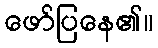
ဖော်ပြနေ၏။